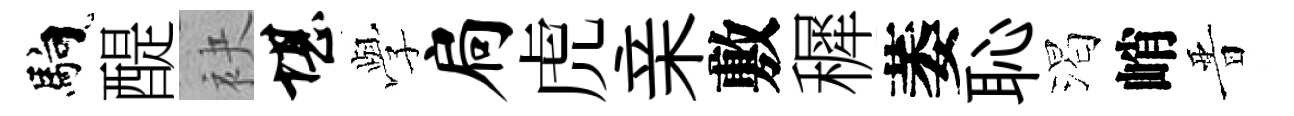
馿醍袂堪𫝯扃虎亲敷穉萎恥渴峭晋